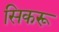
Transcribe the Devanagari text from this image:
सिकरू